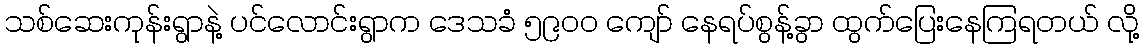
သစ်ဆေးကုန်းရွာနဲ့ ပင်လောင်းရွာက ဒေသခံ ၅၉၀၀ ကျော် နေရပ်စွန့်ခွာ ထွက်ပြေးနေကြရတယ် လို့